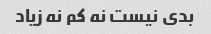
بدی نیست نه کم نه زیاد